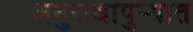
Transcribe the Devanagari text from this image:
अनुराधापुऱ्यात